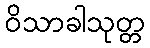
ဝိသာခါသုတ္တ